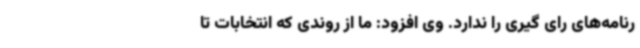
رنامه‌های رای گیری را ندارد. وی افزود: ما از روندی که انتخابات تا